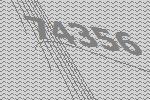
74356